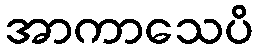
အာကာသေပိ